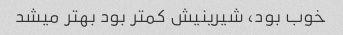
خوب بود، شیرینیش کمتر بود بهتر میشد